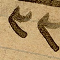
٣٣